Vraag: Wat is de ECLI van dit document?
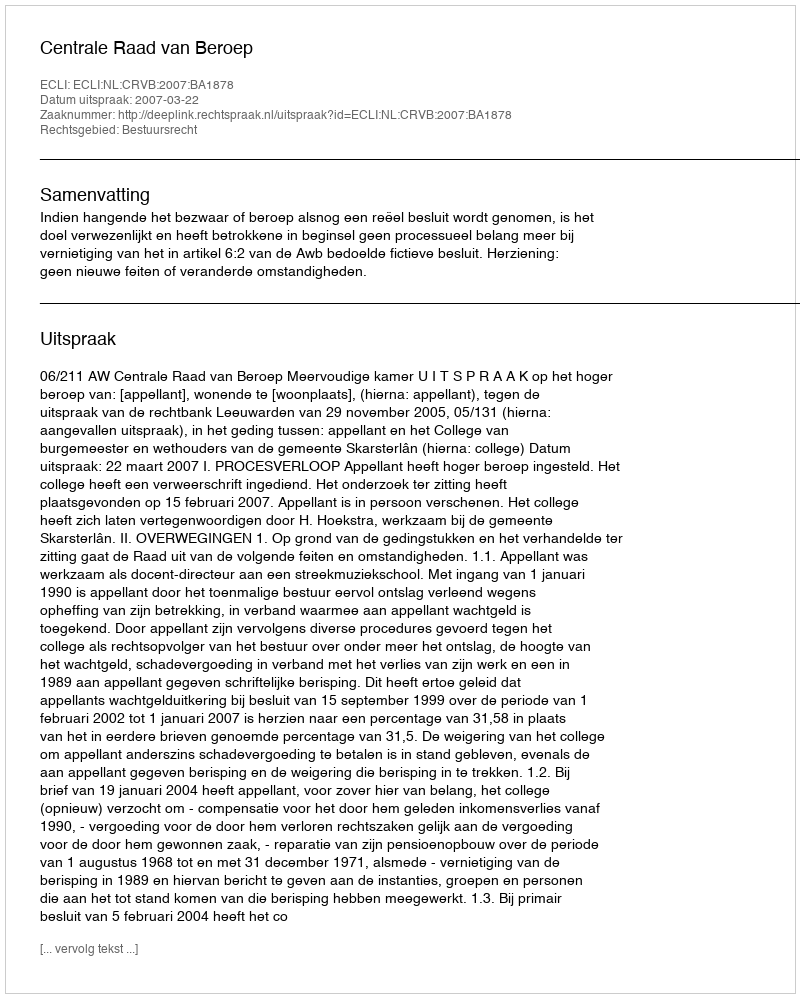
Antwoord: ECLI:NL:CRVB:2007:BA1878